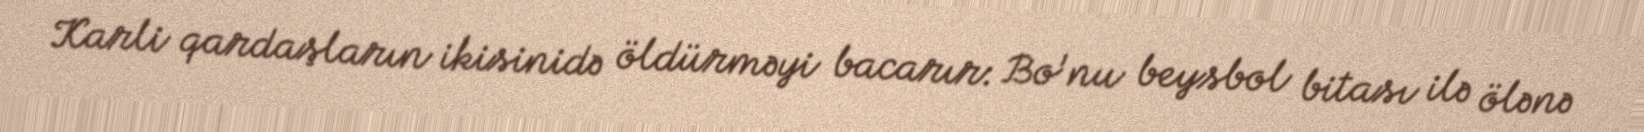
Karli qardaşların ikisinidə öldürməyi bacarır: Bo'nu beysbol bitası ilə ölənə